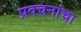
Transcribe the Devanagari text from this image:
प्रवचनांचा